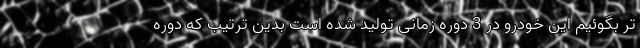
تر بگوئیم این خودرو در 3 دوره زمانی تولید شده است بدین ترتیب که دوره